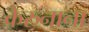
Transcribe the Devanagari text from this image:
केरुनाना